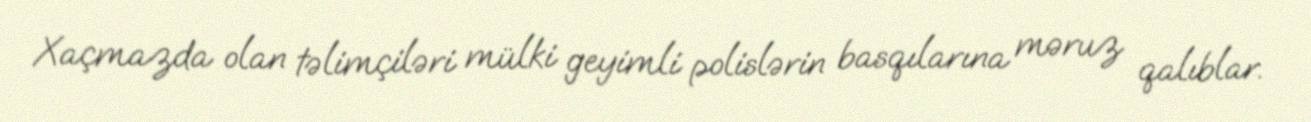
Xaçmazda olan təlimçiləri mülki geyimli polislərin basqılarına məruz qalıblar.